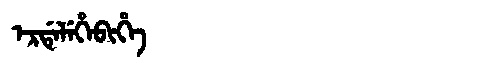
Manchu: ᡝᡵᡩᡝᠯᡝᡥᡝᠪᡳᡥᡝ
Romanization: ERDELEHEBIHE